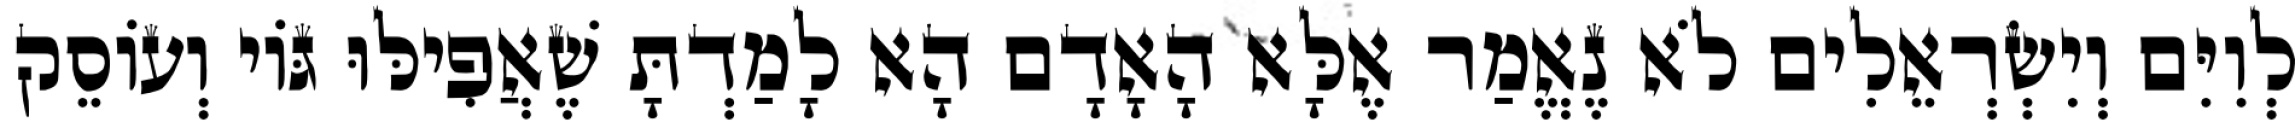
לְוִיִּם וְיִשְׂרְאֵלִים לֹא נֶאֱמַר אֶלָּא הָאָדָם הָא לָמַדְתָּ שֶׁאֲפִילּוּ גּוֹי וְעוֹסֵק